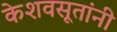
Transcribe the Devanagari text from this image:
केशवसूतांनी